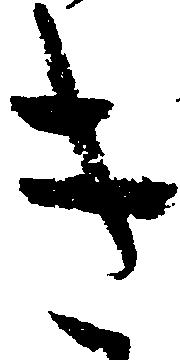
き